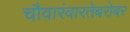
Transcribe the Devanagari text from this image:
चौवारंवारतेबरोबर